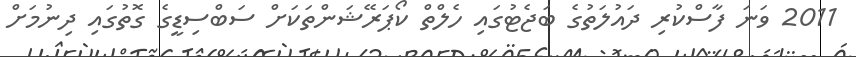
2011 ވަނަ ފާސްކުރި ދައުލަތުގެ ބަޖެޓުގައި ހެލްތް ކޯޕަރޭޝަންތަކަށް ސަބްސިޑީގެ ގޮތުގައި ދިނުމަށް